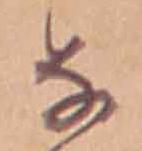
な